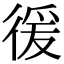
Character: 㣪